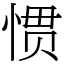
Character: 惯